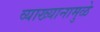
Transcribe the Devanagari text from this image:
व्याख्यानामुळे